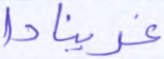
غرينادا